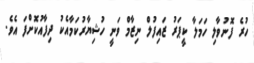
ހުރެ ފޮނުވާލި ހަމަލާ ކީޕަރު ޒައިފުލް ނިޒާމް ވަނީ ހުޝިޔާރުކަމާއެކު ދިފާއުކޮށްފަ އެވެ.